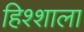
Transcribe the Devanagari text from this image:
हिश्शाला